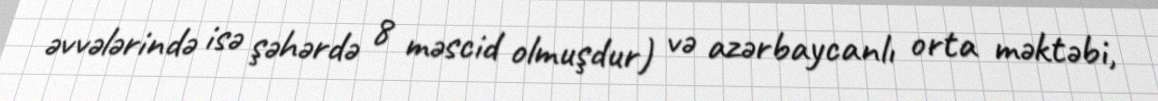
əvvələrində isə şəhərdə 8 məscid olmuşdur) və azərbaycanlı orta məktəbi,